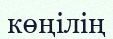
көңілің